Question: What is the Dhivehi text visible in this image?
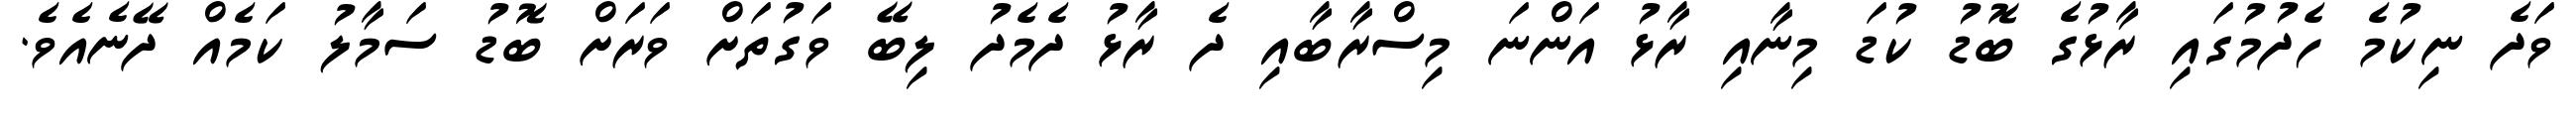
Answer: ވަދެ ނިކުމެ ހެދުމުގައި ރާޅުގެ ބޮޑު ކުޑަ މިނާއި ރާޅު އަންނަ މިސްރާބާއި ދެ ރާޅު ދެމެދު ލިބޭ ވަގުތަށް ވަރަށް ބޮޑު ސަމާލު ކަމެއް ދޭނެއެވެ.